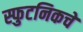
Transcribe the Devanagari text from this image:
स्फुटनिकचे